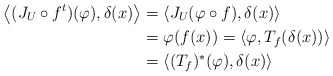
\begin{align*}\left\langle(J_U\circ f^t)(\varphi),\delta(x)\right\rangle&=\left\langle J_U(\varphi\circ f),\delta(x)\right\rangle\\ &=\varphi(f(x))=\left\langle\varphi,T_f(\delta(x))\right\rangle\\&=\left\langle (T_f)^*(\varphi),\delta(x)\right\rangle\end{align*}